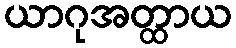
ယာဂုအတ္ထာယ